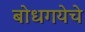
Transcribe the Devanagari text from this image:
बोधगयेचे